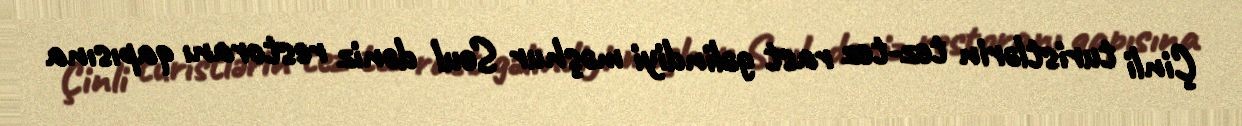
Çinli turistlərin tez-tez rast gəlindiyi məşhur Seul dəniz restoranı qapısına